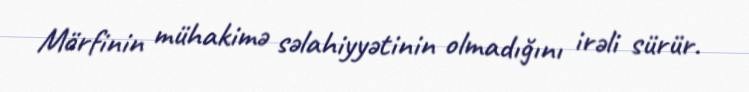
Mörfinin mühakimə səlahiyyətinin olmadığını irəli sürür.